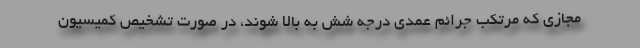
مجازی که مرتکب جرائم عمدی درجه شش به بالا شوند، در صورت تشخیص کمیسیون